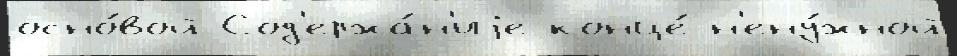
осно́вой Сод'ержа́н'иjе конце́ н'ену́жной